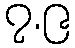
၇.၉